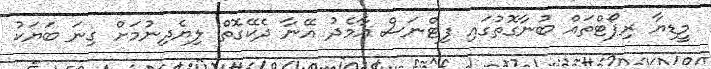
މީޑިޔާ ރިޕޯޓްތައް ބުނާގޮތުގައި ފިޓްނަސް އާމެދު އޭނާ ދެކޭގޮތް ލިޔެދިނުމަށް ގިނަ ބަޔަކު